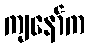
ကျနော်က